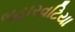
બહારવટિયા